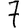
Digit: 7